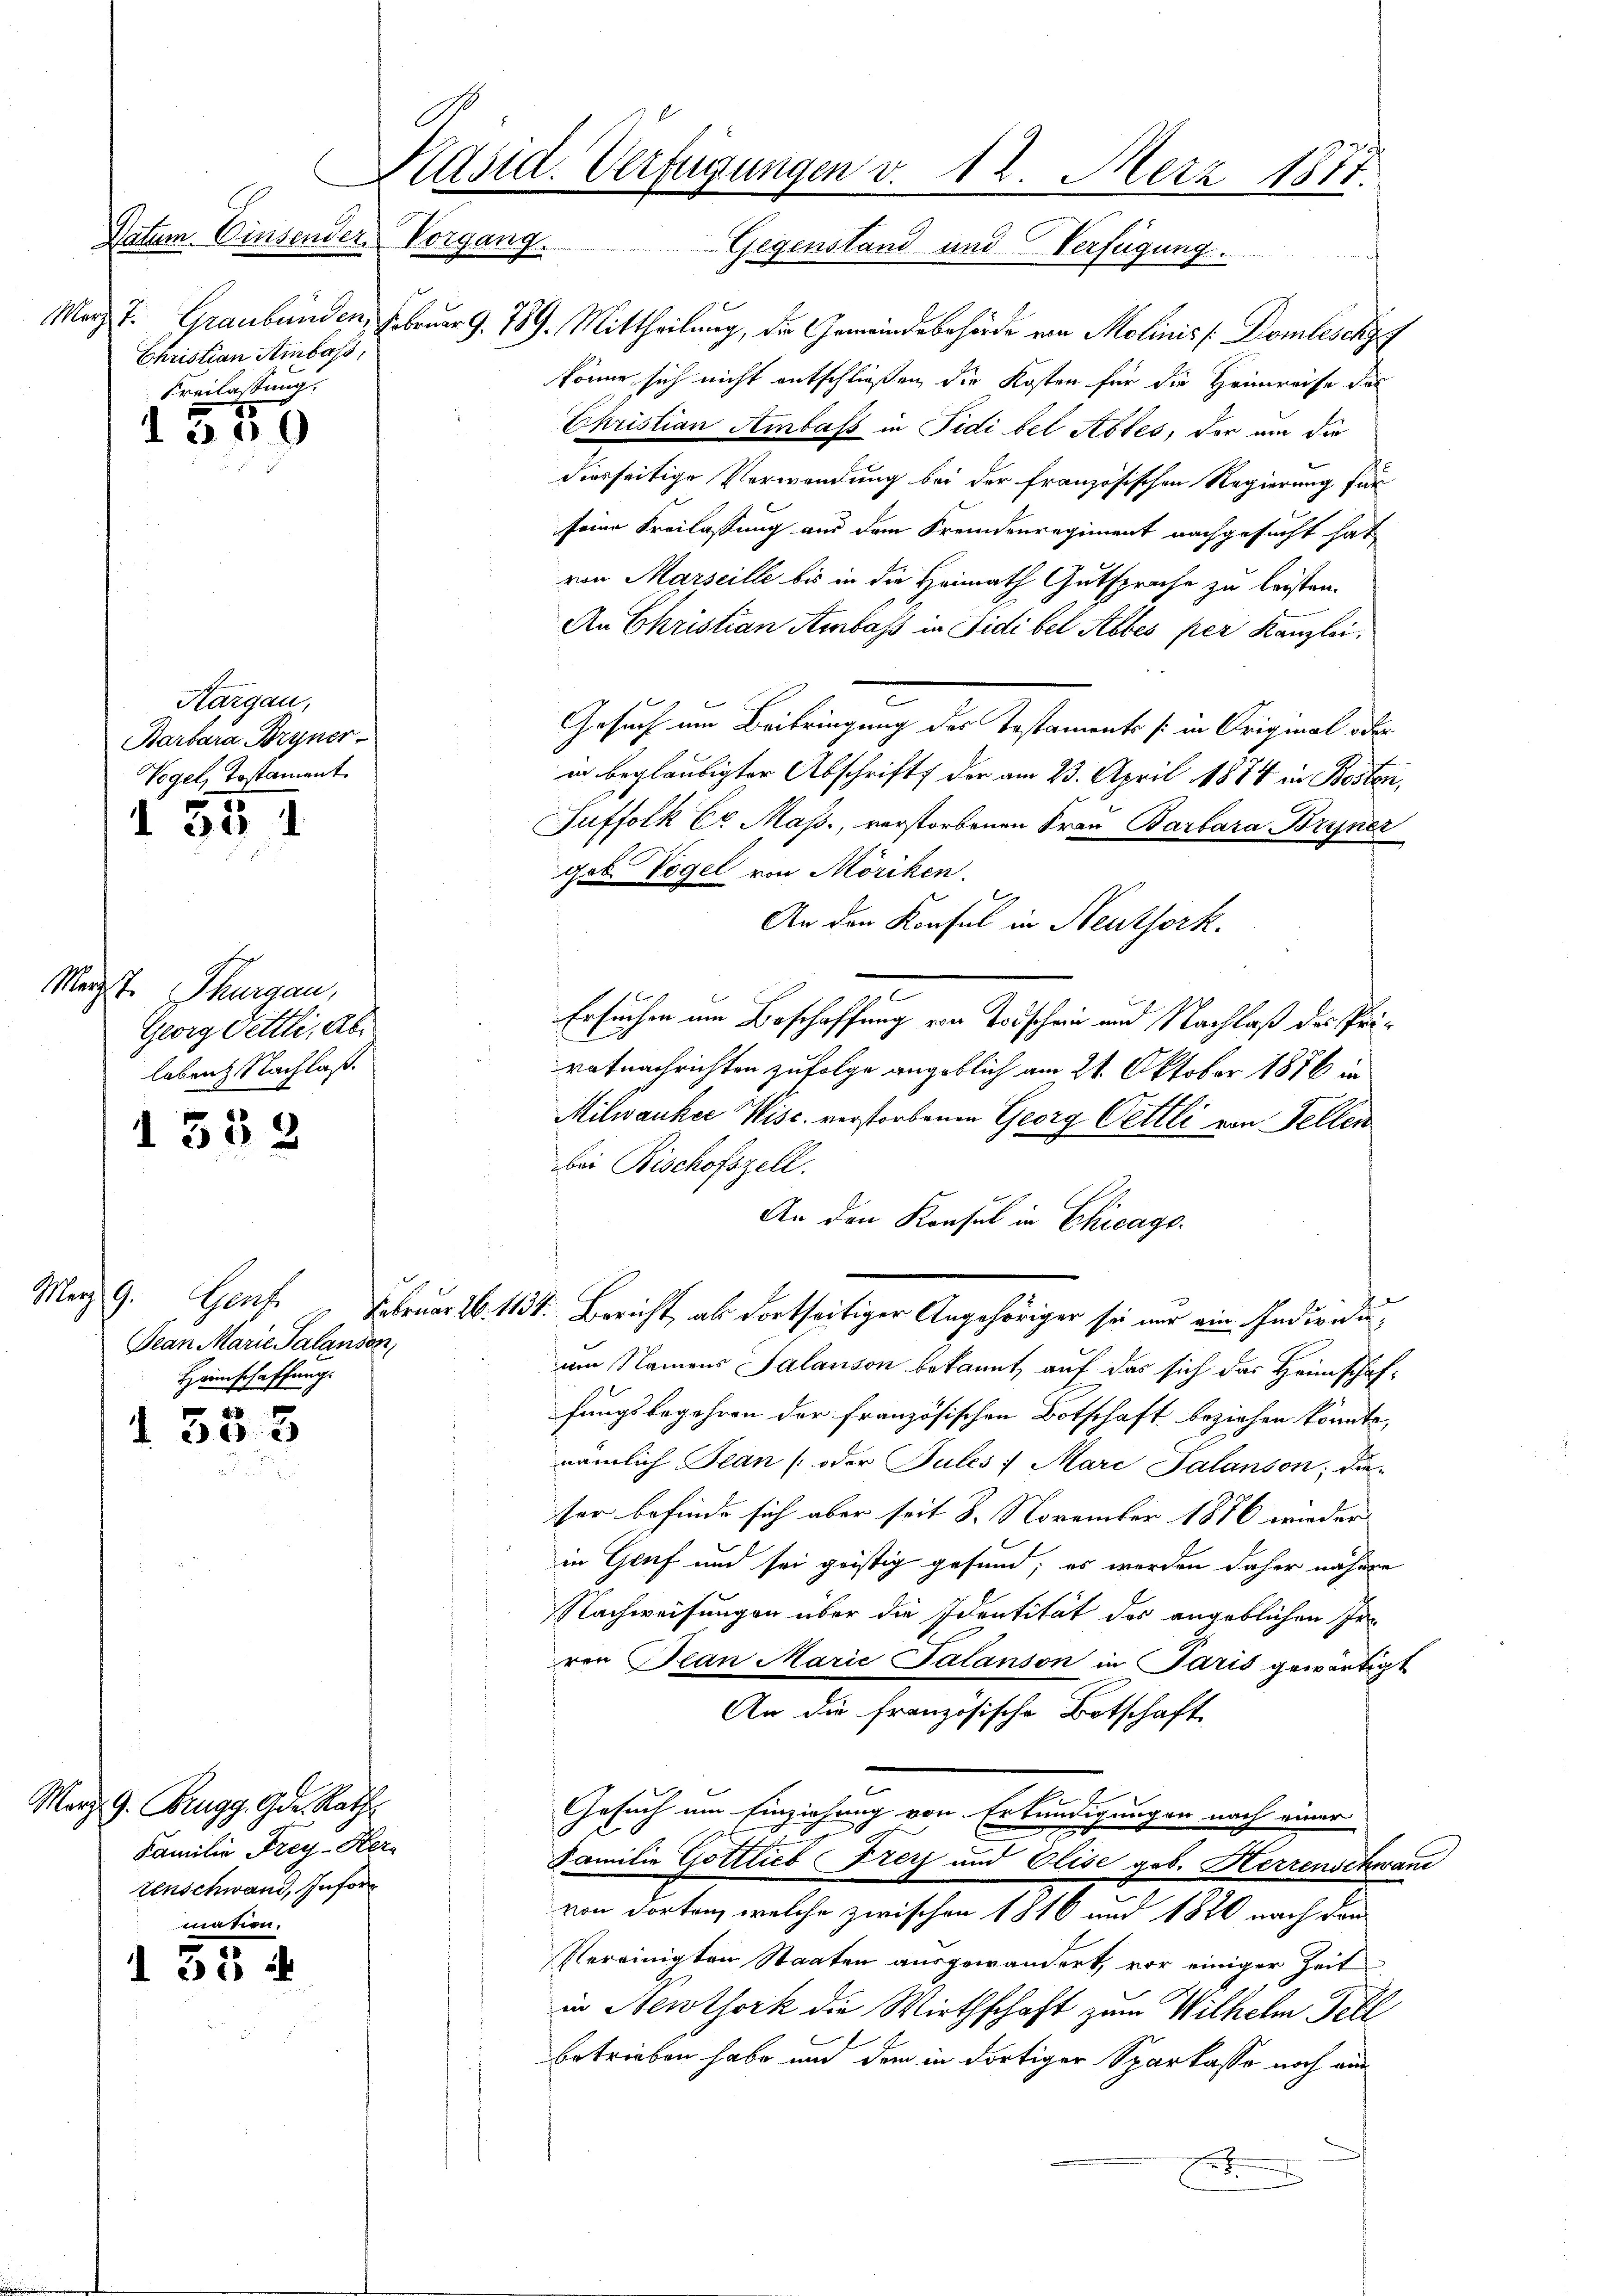
C
Datum. Einsender
Christian Ainsass,
Freilassung.

s

1550

Kargau,
Barbara Bryner
Vogel, Tostament.

1 55 1

Merzt. Thurgau,
Georg Fettli, Ab
leben Nachlaß.

I 552

8
d. 30. 3

135

Merz 9.
Jean Marie Palanson,
Heimschaffung.

März 9. Brugg Gde. Rath
Familie Frey-Her-
tenschwand, Infor
maßen.

Päsid. Verfügungen v. 12. Merz 1877.
Vorgang.
Gegenstand und Verfügung.

Marz. J. Graubünden. Februar 9. 789. Mittheilung, die Gemeindebehörde von Molinis Domleschy
könne sich nicht entschließen die Kosten für die Heinreise des
Christian Ambass in Fidi bel Abtes, der an die
diesseitige Verwendung bei der französischen Regierung für
seine Freilassung aus dem Fremdenregiment nachgesucht hat
von Marseille bis in die Heimath Gutsprache zu leisten.
An Christian Ambass in Sidibel Albes per Kanzlei,
Gesuch um Beibringung des Testaments [in Original oder
in beglaubigter Abschrift der am 23. April 1874 in Bosten,
Suffolk Cr Mass., verstorbenen Frau Barbara Bryner
gob. Vogel von Möriken.
An den Konsul in Neuthork.
Ersuchen um Beschaffung von Todschein und Nachlaß des Prirafnachrichten zufolge angeblich am 21. Oktober 1876 in
Milwauker Wisc. verstorbenen Georg Oettli von Fellen
bei Bischofszell.
An den Konsul in Chicago
Genf. Februar 16. 134. Bericht, als dortseitiger Angehöriger sie nur ein Individu
um Namens Salanson bekannt, auf das sich das Heimschaffungsbegehren der französischen Botschaft beziehen könnte,
nämlich Jean (oder Pules 7 Marc Salanson; die-
ser befinde sich aber seit 8. November 1876 wieder
in Genf und sei geistig gesund; es werden daher nähere
Nachweisungen über die Identität des angeblichen Inren Plan Marie Palanson in Paris gewärtigt
An die französische Botschaft
e
Gesuch um Einziehung von Erkundigungen nach einer
Familie Gottlieb Fierz und Elise geb. Herrenschwand
von dorten, welche zwischen 1816 und 1820 nach den
Vereinigten Staaten ausgewandert, vor einiger Zeit
in Newthork die Wirthschaft zum Wilhelm Fell
betrieben habe und den in dortiger Sparkasse noch ein